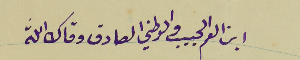
ابن العم الحبيب والوطني الصادق وقاك الله